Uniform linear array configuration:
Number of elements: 12
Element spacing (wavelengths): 1
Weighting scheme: cosine
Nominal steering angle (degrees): -15
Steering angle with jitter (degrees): -16.94
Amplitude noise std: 0.05
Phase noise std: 0.05

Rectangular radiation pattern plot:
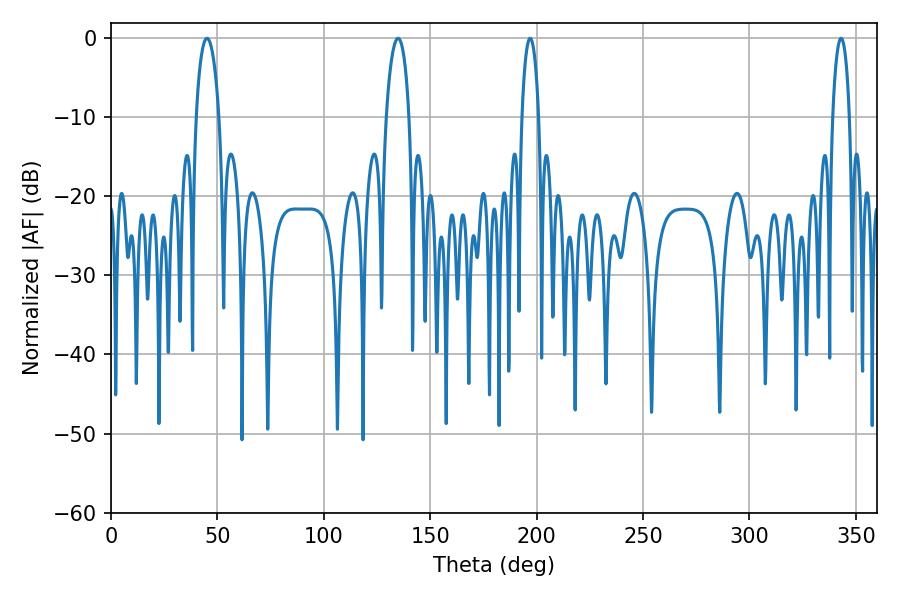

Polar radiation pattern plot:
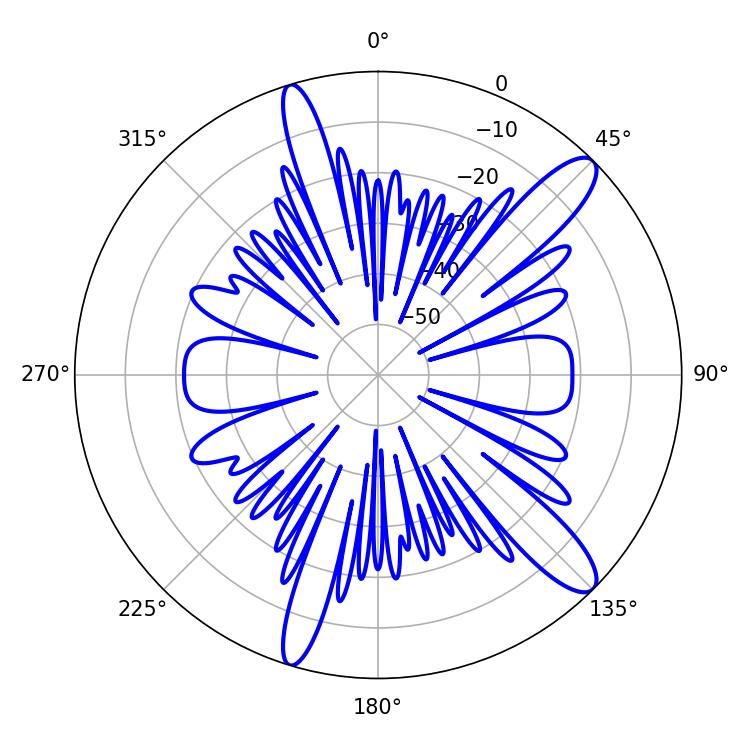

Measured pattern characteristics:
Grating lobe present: TRUE
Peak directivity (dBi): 12.416
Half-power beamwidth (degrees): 4.5
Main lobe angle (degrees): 196.92